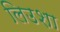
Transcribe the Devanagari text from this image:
लिउशा